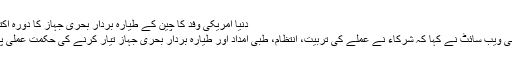
دنیا امریکی وفد کا چین کے طیارہ بردار بحری جہاز کا دورہ اکتوبر 22, 2015
چین کی ایک فوجی ویب سائٹ نے کہا کہ شرکاء نے عملے کی تربیت، انتظام، طبی امداد اور طیارہ بردار بحری جہاز تیار کرنے کی حکمت عملی پر تبادلہ خیال کیا۔